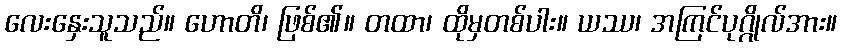
လေးနှေးသူသည်။ ဟောတိ၊ ဖြစ်၏။ တထာ၊ ထိုမှတစ်ပါး။ ယဿ၊ အကြင်ပုဂ္ဂိုလ်အား။